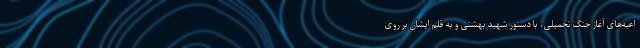
اعیه‌های آغاز جنگ تحمیلی، با دستور شهید بهشتی و به قلم ایشان بر روی